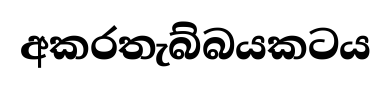
අකරතැබ්බයකටය